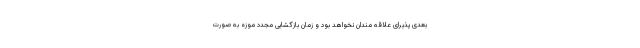
بعدی پذیرای علاقه مندان نخواهد بود و زمان بازگشایی مجدد موزه به صورت